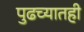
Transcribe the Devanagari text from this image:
पुढच्यातही